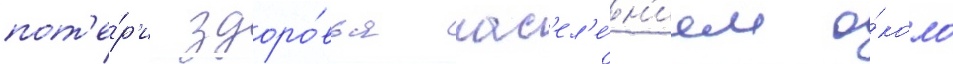
пот'е́р'и здоро́вья нас'ел'е́н'ием о́коло